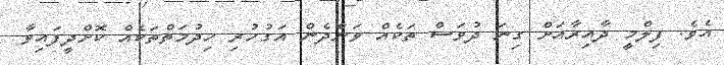
އެވެ. ފިލްމީ ދާއިރާއަށް ގިނަ ދުވަސް ތަކެއް ވަންދެން އަގުހުރި ހިދުމަތްތަކެއް ކޮށްދީފައިވާ